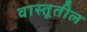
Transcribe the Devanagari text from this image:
वास्तूतील